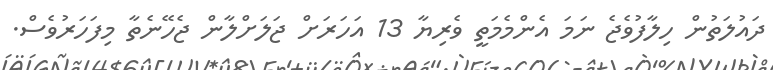
ދައުލަތުން ހިލާފުވެޖެ ނަމަ އެންމެމަތީ ވެރިޔާ 13 އަހަރަށް ޖަލަށްލާން ޖެހޭނެތާ މިފަހަރުވެސް.